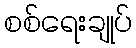
စစ်ရေးချုပ်